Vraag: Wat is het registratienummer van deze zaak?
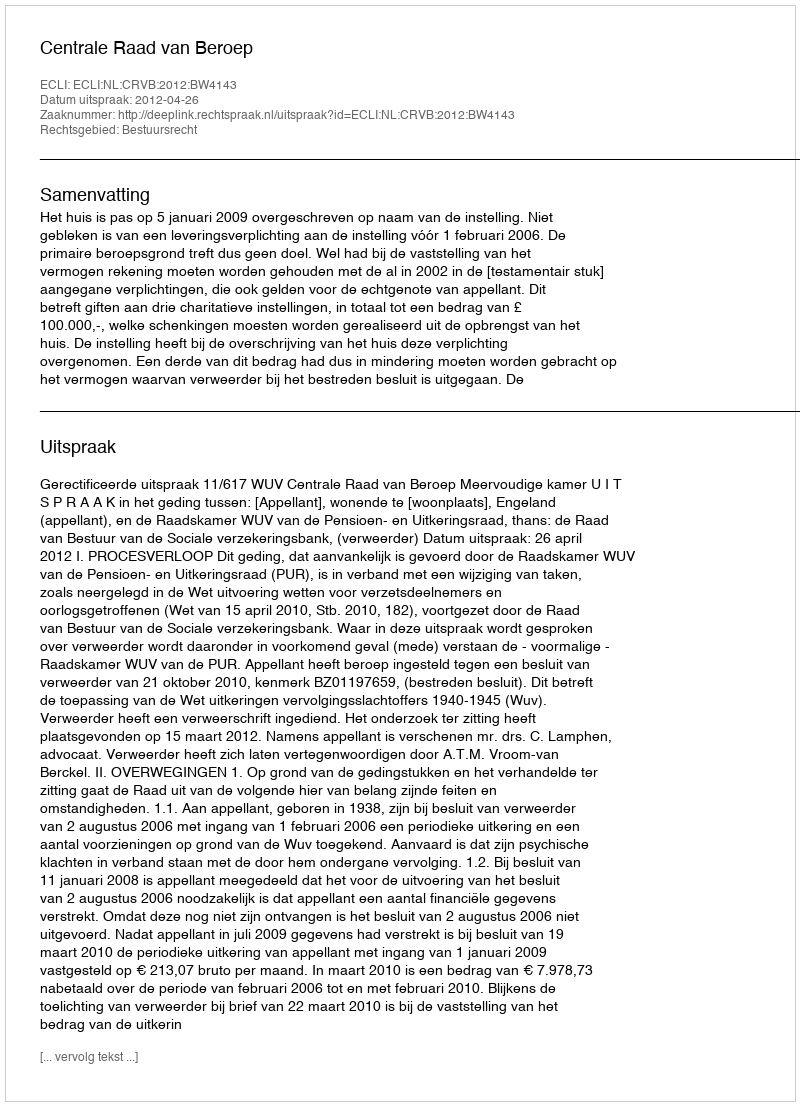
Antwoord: http://deeplink.rechtspraak.nl/uitspraak?id=ECLI:NL:CRVB:2012:BW4143